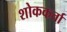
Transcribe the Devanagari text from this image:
शोककर्ता